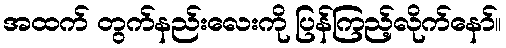
အထက် တွက်နည်းလေးကို ပြန်ကြည့်လိုက်နော်။